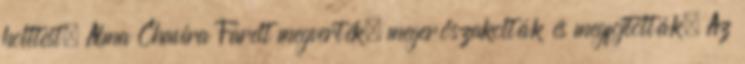
holttest. Alma Chavira Farelt megverték, megerőszakolták és megfojtották. Az